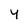
Character: 4